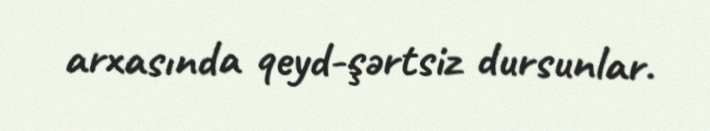
arxasında qeyd-şərtsiz dursunlar.